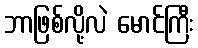
ဘာဖြစ်လို့လဲ မောင်ကြီး